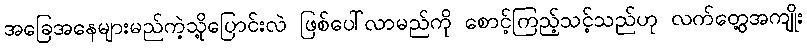
အခြေအနေများမည်ကဲ့သို့ပြောင်းလဲ ဖြစ်ပေါ်လာမည်ကို စောင့်ကြည့်သင့်သည်ဟု လက်တွေ့အကျိုး